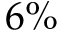
6 \%